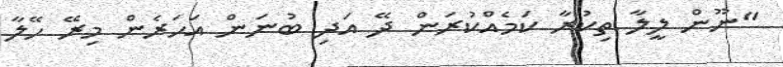
"ނޫން ލީލާ ތިކުރާ ކަމެއްކުރަން ދޭ އަދި ބުނަން އަހަރެން މިރޭ ހޭލާ